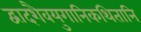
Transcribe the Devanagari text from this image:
द्वादशैवयुगानिकथितानि